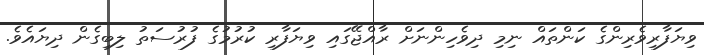
ވިޔަފާރިވެރިންގެ ކަންތައް ނިމި ދިވެހިންނަށް ރާއްޖޭގައި ވިޔަފާރި ކުރުމުގެ ފުރުސަތު ލިބިގެން ދިޔައެވެ.